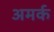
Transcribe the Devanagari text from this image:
अमर्क